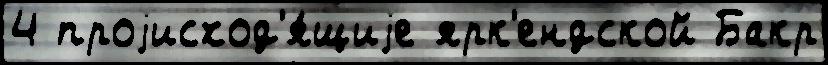
4 проjисход'я́щиjе ярк'ендской Бакр